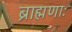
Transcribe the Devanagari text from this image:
ब्राह्मणाः